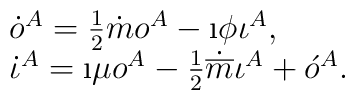
\begin{array}{l}\dot{o}^A = \frac{1}{2}\dot{m} o^A - \i\phi\iota^A , \\\dot{\iota}^A = \i\mu o^A - \frac{1}{2}\dot{\overline{m}}\iota^A + \acute{o}^{A}.\end{array}